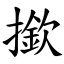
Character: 撳